画像に写った文字を読んでください
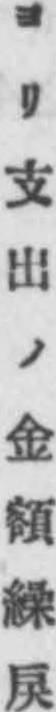
「ヨリ支出ノ金額繰戾」と書いてあります